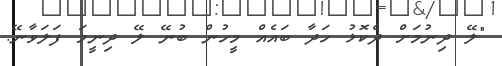
"ލޭ ދިނުމަށް ދެކޮޅު ހަދާ ބައެއް މީހުން ބުނޭ ލޭ ދިނީމަ ފަލަވާނޭ.